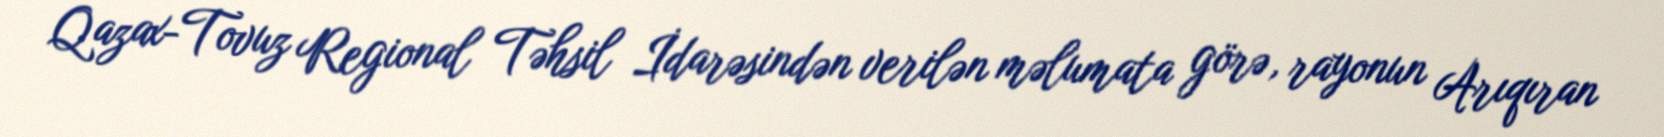
Qazax-Tovuz Regional Təhsil İdarəsindən verilən məlumata görə, rayonun Arıqıran